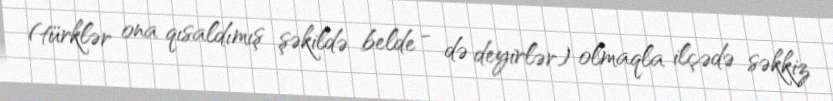
(türklər ona qısaldımış şəkildə belde - də deyirlər) olmaqla ilçədə səkkiz